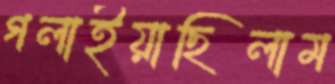
গলাইয়াছিলাম